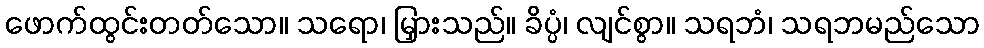
ဖောက်ထွင်းတတ်သော။ သရော၊ မြှားသည်။ ခိပ္ပံ၊ လျင်စွာ။ သရဘံ၊ သရဘမည်သော